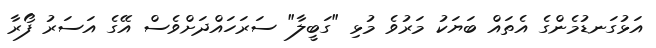
އަޅުގަނޑުމެންގެ އެތައް ބަޔަކު މަރުވެ މުޅި "ގަބީލާ" ސަރަހައްދަށްވެސް އޭގެ އަސަރު ފޯރާ